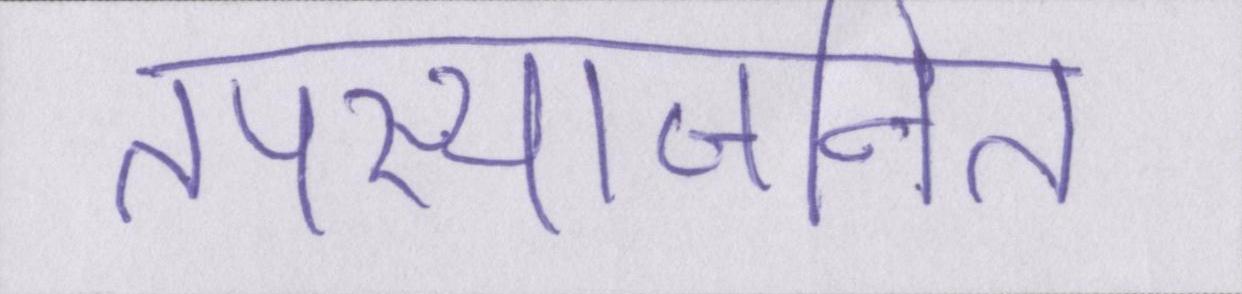
तपस्याजनित